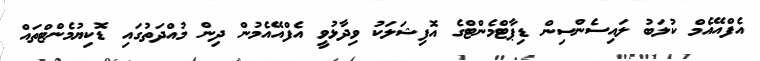
އެފްއޭއެމް ކުލަބު ލައިސެންސިން ޑިޕާޓްމެންޓްގެ އޮފިޝަލަކު ވިދާޅުވީ އެފްއޭއެމުން ދިން މުއްދަތުގައި ޑޮކިޔުމެންޓްތައް